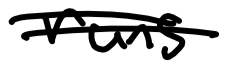
Text: runs
Cross-out: double-line
Writing tool: digital_black